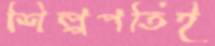
শিল্পপতিই